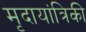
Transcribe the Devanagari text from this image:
मृदायांत्रिकी